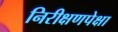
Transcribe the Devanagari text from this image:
निरीक्षणपेक्षा